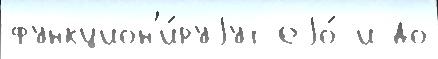
функцион'и́руjут еjо́ и до